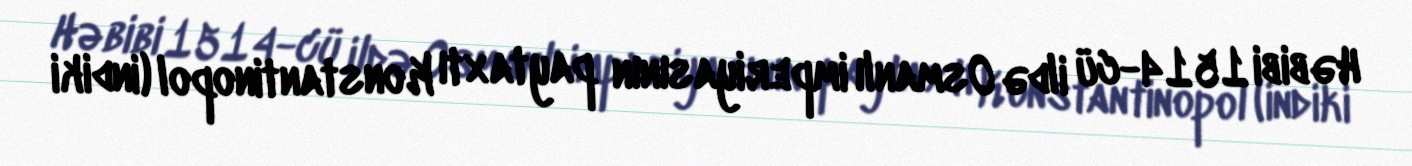
Həbibi 1514-cü ildə Osmanlı imperiyasının paytaxtı Konstantinopol (indiki